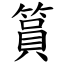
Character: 篔